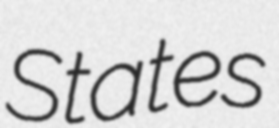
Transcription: States